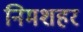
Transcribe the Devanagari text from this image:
निमशहर